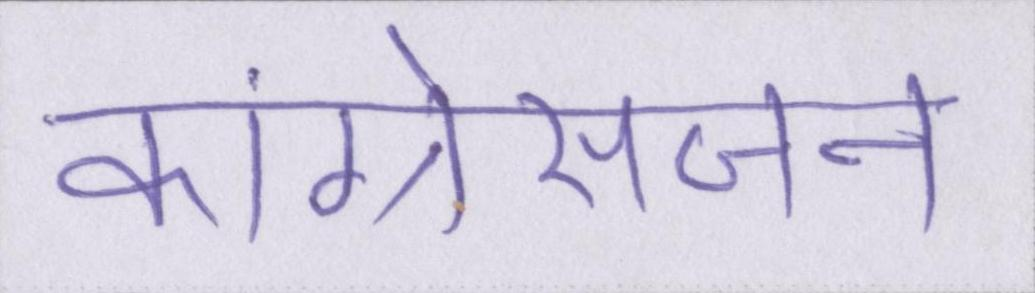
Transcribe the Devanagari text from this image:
कांग्रेसजन